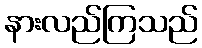
နားလည်ကြသည်